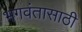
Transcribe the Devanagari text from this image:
भगवंतासाठी